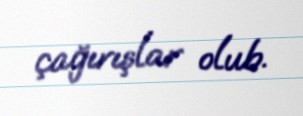
çağırışlar olub.